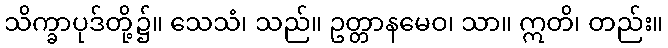
သိက္ခာပုဒ်တို့၌။ သေသံ၊ သည်။ ဥတ္တာနမေဝ၊ သာ။ ဣတိ၊ တည်း။